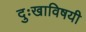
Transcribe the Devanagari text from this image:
दुःखाविषयी